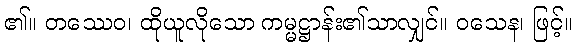
၏။ တဿေဝ၊ ထိုယူလိုသော ကမ္မဋ္ဌာန်း၏သာလျှင်။ ဝသေန၊ ဖြင့်။